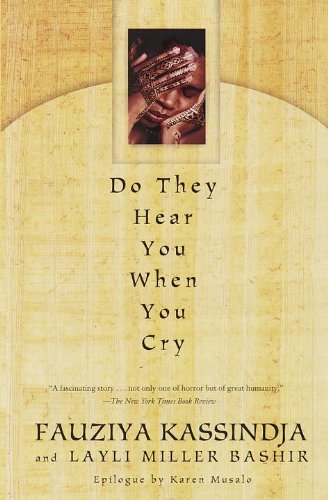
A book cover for Do They Hear You When You Cry; Fauziya Kassindja; Biographies & Memoirs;